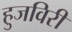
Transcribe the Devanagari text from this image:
हुजविरी